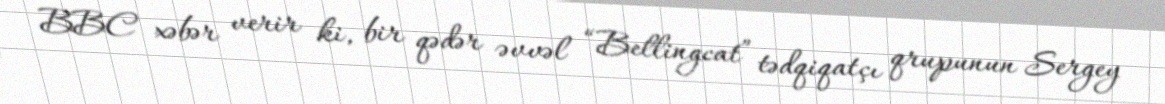
BBC xəbər verir ki, bir qədər əvvəl “Bellingcat” tədqiqatçı qrupunun Sergey